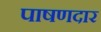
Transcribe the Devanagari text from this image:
पाषणदार